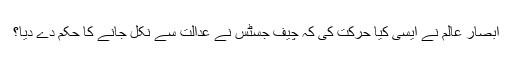
ابصار عالم نے ایسی کیا حرکت کی کہ چیف جسٹس نے عدالت سے نکل جانے کا حکم دے دیا؟